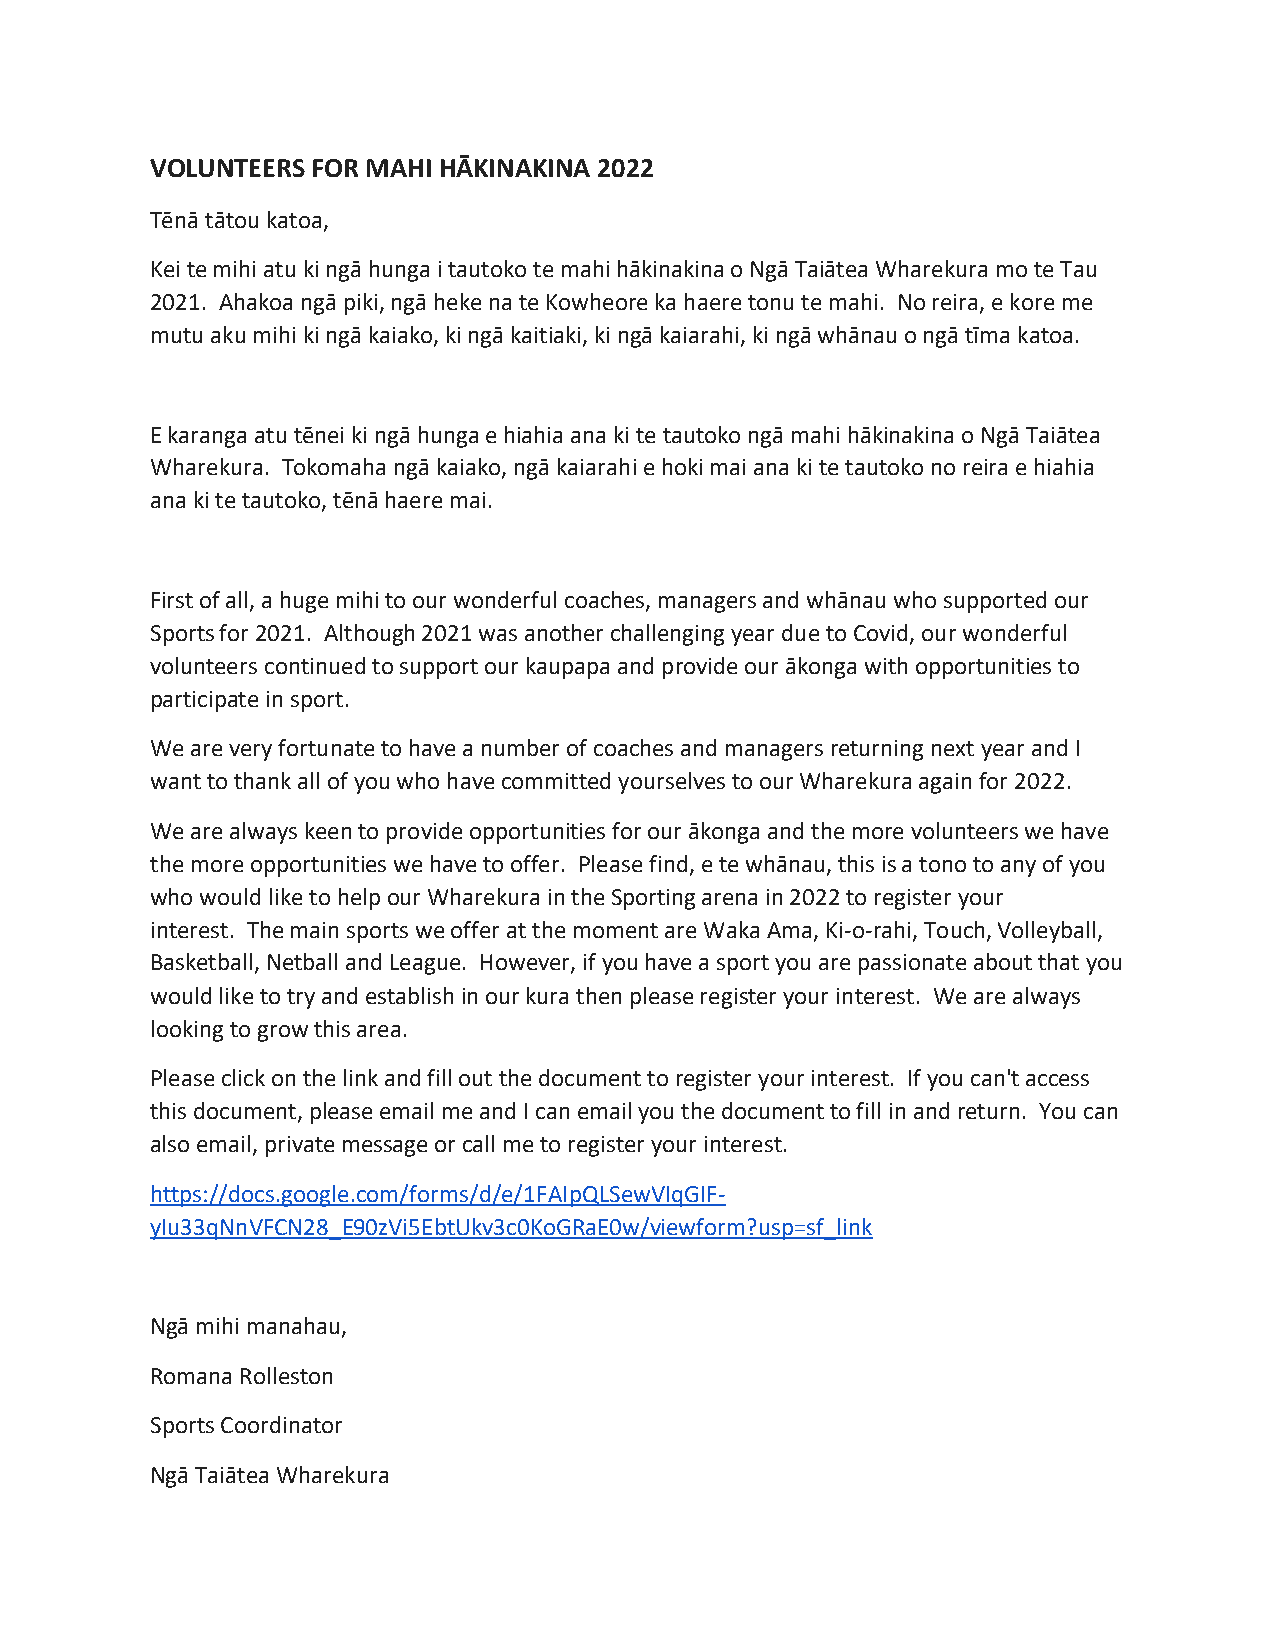
VOLUNTEERS FOR MAHI HĀKINAKINA 2022
 Tēnā tātou katoa,
 Kei te mihi atu ki ngā hunga i tautoko te mahi hākinakina o Ngā Taiātea Wharekura mo te Tau
 2021. Ahakoa ngā piki, ngā heke na te Kowheore ka haere tonu te mahi. No reira, e kore me
 mutu aku mihi ki ngā kaiako, ki ngā kaitiaki, ki ngā kaiarahi, ki ngā whānau o ngā tīma katoa.
 E karanga atu tēnei ki ngā hunga e hiahia ana ki te tautoko ngā mahi hākinakina o Ngā Taiātea
 Wharekura. Tokomaha ngā kaiako, ngā kaiarahi e hoki mai ana ki te tautoko no reira e hiahia
 ana ki te tautoko, tēnā haere mai.
 First of all, a huge mihi to our wonderful coaches, managers and whānau who supported our
 Sports for 2021. Although 2021 was another challenging year due to Covid, our wonderful
 volunteers continued to support our kaupapa and provide our ākonga with opportunities to
 participate in sport.
 We are very fortunate to have a number of coaches and managers returning next year and I
 want to thank all of you who have committed yourselves to our Wharekura again for 2022.
 We are always keen to provide opportunities for our ākonga and the more volunteers we have
 the more opportunities we have to offer. Please find, e te whānau, this is a tono to any of you
 who would like to help our Wharekura in the Sporting arena in 2022 to register your
 interest. The main sports we offer at the moment are Waka Ama, Ki-o-rahi, Touch, Volleyball,
 Basketball, Netball and League. However, if you have a sport you are passionate about that you
 would like to try and establish in our kura then please register your interest. We are always
 looking to grow this area.
 Please click on the link and fill out the document to register your interest. If you can't access
 this document, please email me and I can email you the document to fill in and return. You can
 also email, private message or call me to register your interest.
 https://docs.google.com/forms/d/e/1FAIpQLSewVIqGIF-
 yIu33qNnVFCN28_E90zVi5EbtUkv3c0KoGRaE0w/viewform?usp=sf_link
 Ngā mihi manahau,
 Romana Rolleston
 Sports Coordinator
 Ngā Taiātea Wharekura